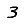
Digit: 3